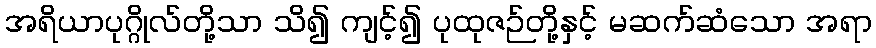
အရိယာပုဂ္ဂိုလ်တို့သာ သိ၍ ကျင့်၍ ပုထုဇဉ်တို့နှင့် မဆက်ဆံသော အရာ